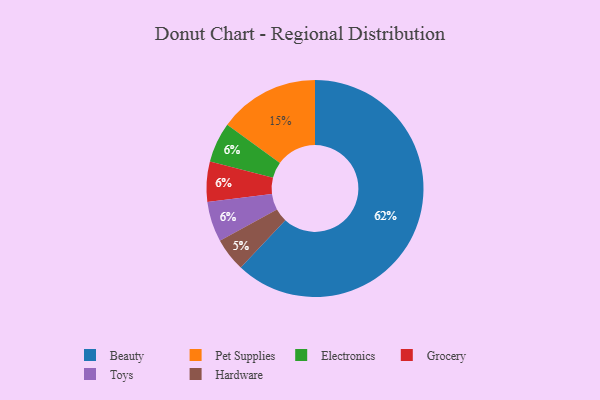
{"axis": {"x": "Category", "y": "Percentage"}, "legend": ["Beauty", "Electronics", "Grocery", "Hardware", "Pet Supplies", "Toys"], "data": [{"x": "Beauty", "y": 62, "type": "Beauty"}, {"x": "Electronics", "y": 6, "type": "Electronics"}, {"x": "Pet Supplies", "y": 15, "type": "Pet Supplies"}, {"x": "Hardware", "y": 5, "type": "Hardware"}, {"x": "Grocery", "y": 6, "type": "Grocery"}, {"x": "Toys", "y": 6, "type": "Toys"}]}